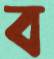
ব